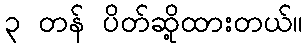
၃ တန် ပိတ်ဆို့ထားတယ်။